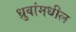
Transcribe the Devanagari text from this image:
ध्रुवांमधील